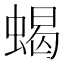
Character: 蝎